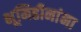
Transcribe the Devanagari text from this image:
भूमिहीनांना